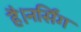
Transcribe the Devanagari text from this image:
है।नर्सिंग